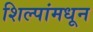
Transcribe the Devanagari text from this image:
शिल्पांमधून